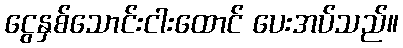
ငွေနှစ်သောင်းငါးထောင် ပေးအပ်သည်။